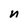
Character: n